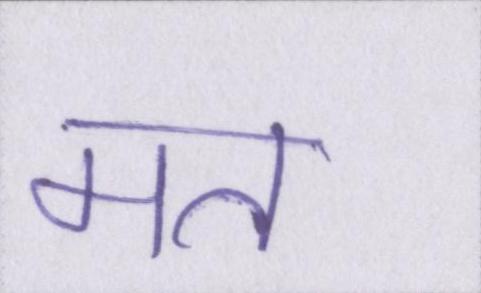
मत